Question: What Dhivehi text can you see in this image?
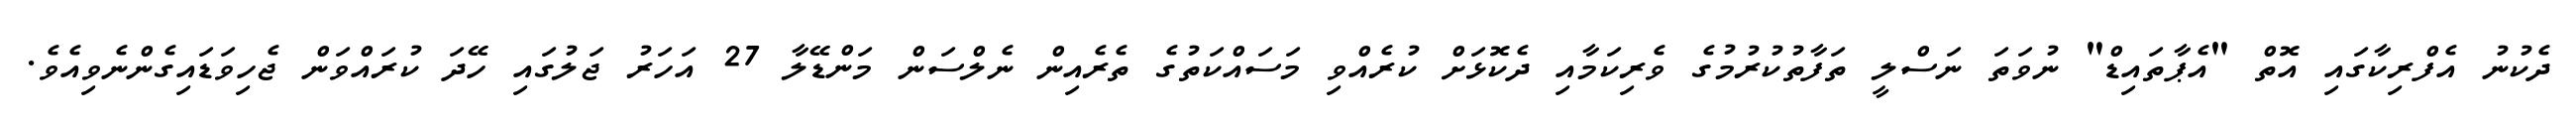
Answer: ދެކުނު އެފްރިކާގައި އޮތް "އެޕާތައިޑް" ނުވަތަ ނަސްލީ ތަފާތުކުރުމުގެ ވެރިކަމާއި ދެކޮޅަށް ކުރެއްވި މަސައްކަތުގެ ތެރެއިން ނެލްސަން މަންޑޭލާ 27 އަހަރު ޖަލުގައި ހޭދަ ކުރައްވަން ޖެހިވަޑައިގެންނެވިއެވެ.